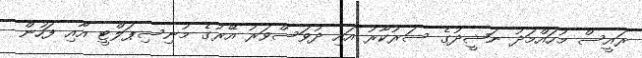
ރައީސް މުހައްމަދު ނަޝީދުގެ ސަރުކާރު އައި ދުވަސްވަރު އޭރުގެ މުނިސިޕަލްޓީ އާއި ފަހުން